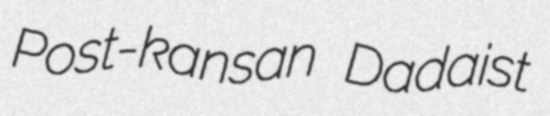
Post-kansan Dadaist